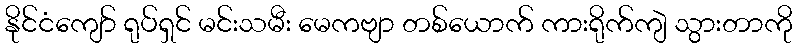
နိုင်ငံကျော် ရုပ်ရှင် မင်းသမီး မေကဗျာ တစ်ယောက် ကားရိုက်ကျဲ သွားတာကို